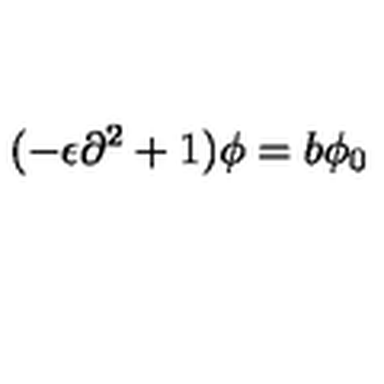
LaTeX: ( - \epsilon \partial ^ { 2 } + 1 ) \phi = b \phi _ { 0 }